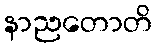
နာညတောတိ